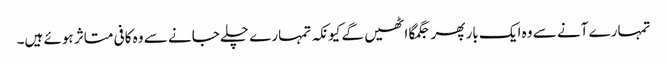
تمہارے آنے سے وہ ایک بار پھر جگمگا اٹھیں گے کیونکہ تمہارے چلے جانے سے وہ کافی متاثر ہوئے ہیں۔